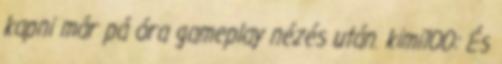
kapni már pá óra gameplay nézés után. kimi100: És